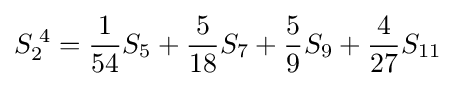
S_{2}^{\;4}={\frac {1}{54}}S_{5}+{\frac {5}{18}}S_{7}+{\frac {5}{9}}S_{9}+{\frac {4}{27}}S_{11}